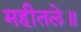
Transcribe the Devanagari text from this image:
महीतले॥